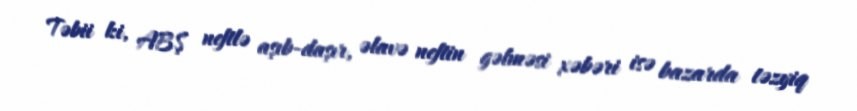
Təbii ki, ABŞ neftlə aşıb-daşır, əlavə neftin gəlməsi xəbəri isə bazarda təzyiq